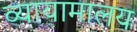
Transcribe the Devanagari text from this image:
व्यायामालय